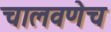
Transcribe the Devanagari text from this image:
चालवणेच